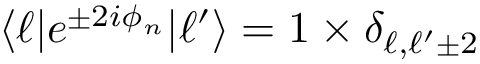
\langle \ell | e ^ { \pm 2 i \phi _ { n } } | \ell ^ { \prime } \rangle = 1 \times \delta _ { \ell , \ell ^ { \prime } \pm 2 }